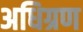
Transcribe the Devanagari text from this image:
अधिग्रण